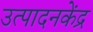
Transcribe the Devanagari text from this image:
उत्पादनकेंद्र